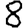
Digit: 8